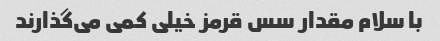
با سلام مقدار سس قرمز خیلی کمی می‌گذارند